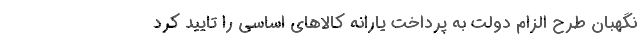
نگهبان طرح الزام دولت به پرداخت یارانه کالاهای اساسی را تایید کرد